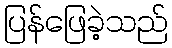
ပြန်ဖြေခဲ့သည်